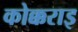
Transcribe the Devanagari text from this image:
कोक्कराइ